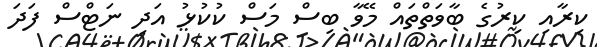
ކިރާއި ކިރުގެ ބާވަތްތައް މޭވާ ބިސް މަސް ކުކުޅު އަދި ނަޓްސް ފަދަ